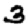
Digit: 3